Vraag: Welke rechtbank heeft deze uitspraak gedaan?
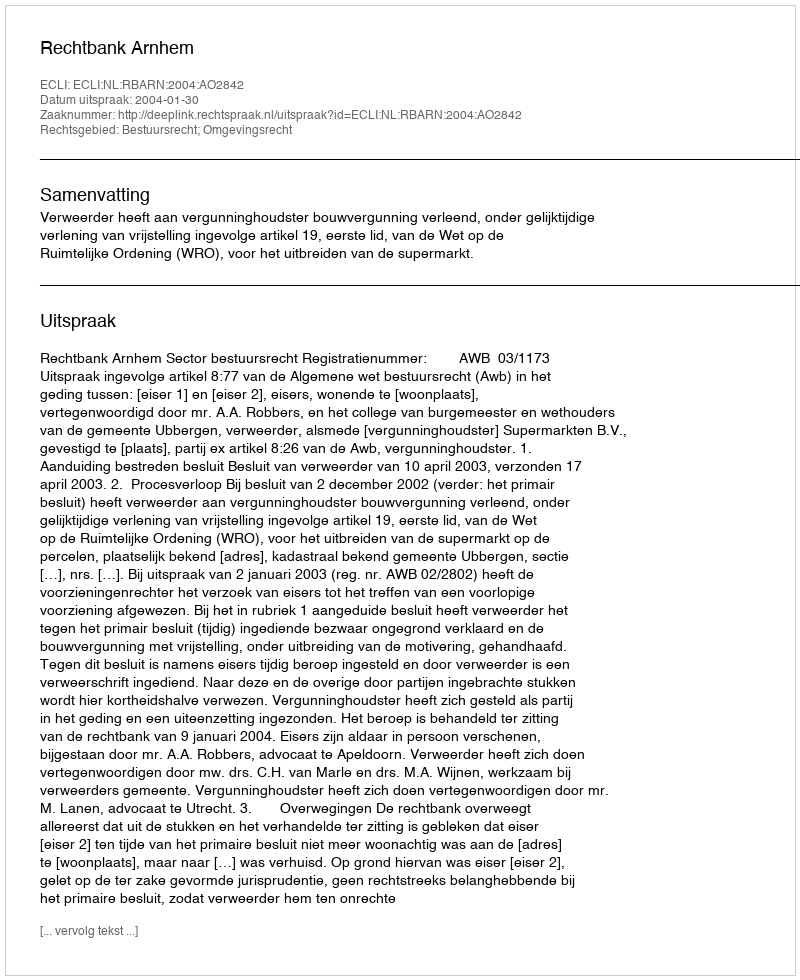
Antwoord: Rechtbank Arnhem